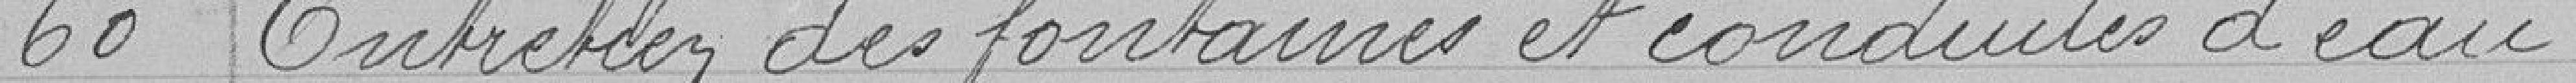
60 Entretien des fontaines et conduites d'eau